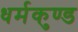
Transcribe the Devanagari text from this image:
धर्मकुण्ड